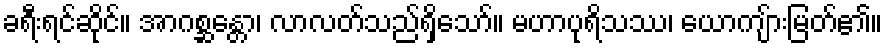
ခရီးရင်ဆိုင်။ အာဂစ္ဆန္တော၊ လာလတ်သည်ရှိသော်။ မဟာပုရိသဿ၊ ယောကျ်ားမြတ်၏။